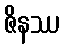
ဇိနဿ